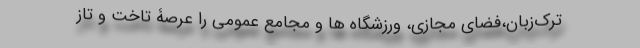
ترک‌زبان،فضای مجازی، ورزشگاه ها و مجامع عمومی را عرصۀ تاخت و تاز